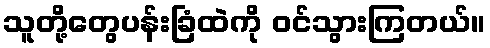
သူတို့တွေပန်းခြံထဲကို ဝင်သွားကြတယ်။